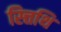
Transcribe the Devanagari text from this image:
स्त्तिथि